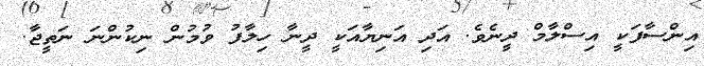
އިންސާފަކީ އިސްލާމް ދީނެވެ. އަދި އަނިޔާއަކީ ދީނާ ހިލާފު ވުމުން ނިކުންނަ ނަތީޖާ.